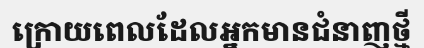
ក្រោយពេលដែលអ្នកមានជំនាញថ្មី